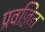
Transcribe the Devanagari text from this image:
प्रवज्जित